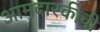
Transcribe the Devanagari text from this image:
आमदारकीची